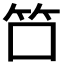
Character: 𬔭